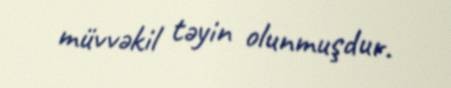
müvvəkil təyin olunmuşdur.